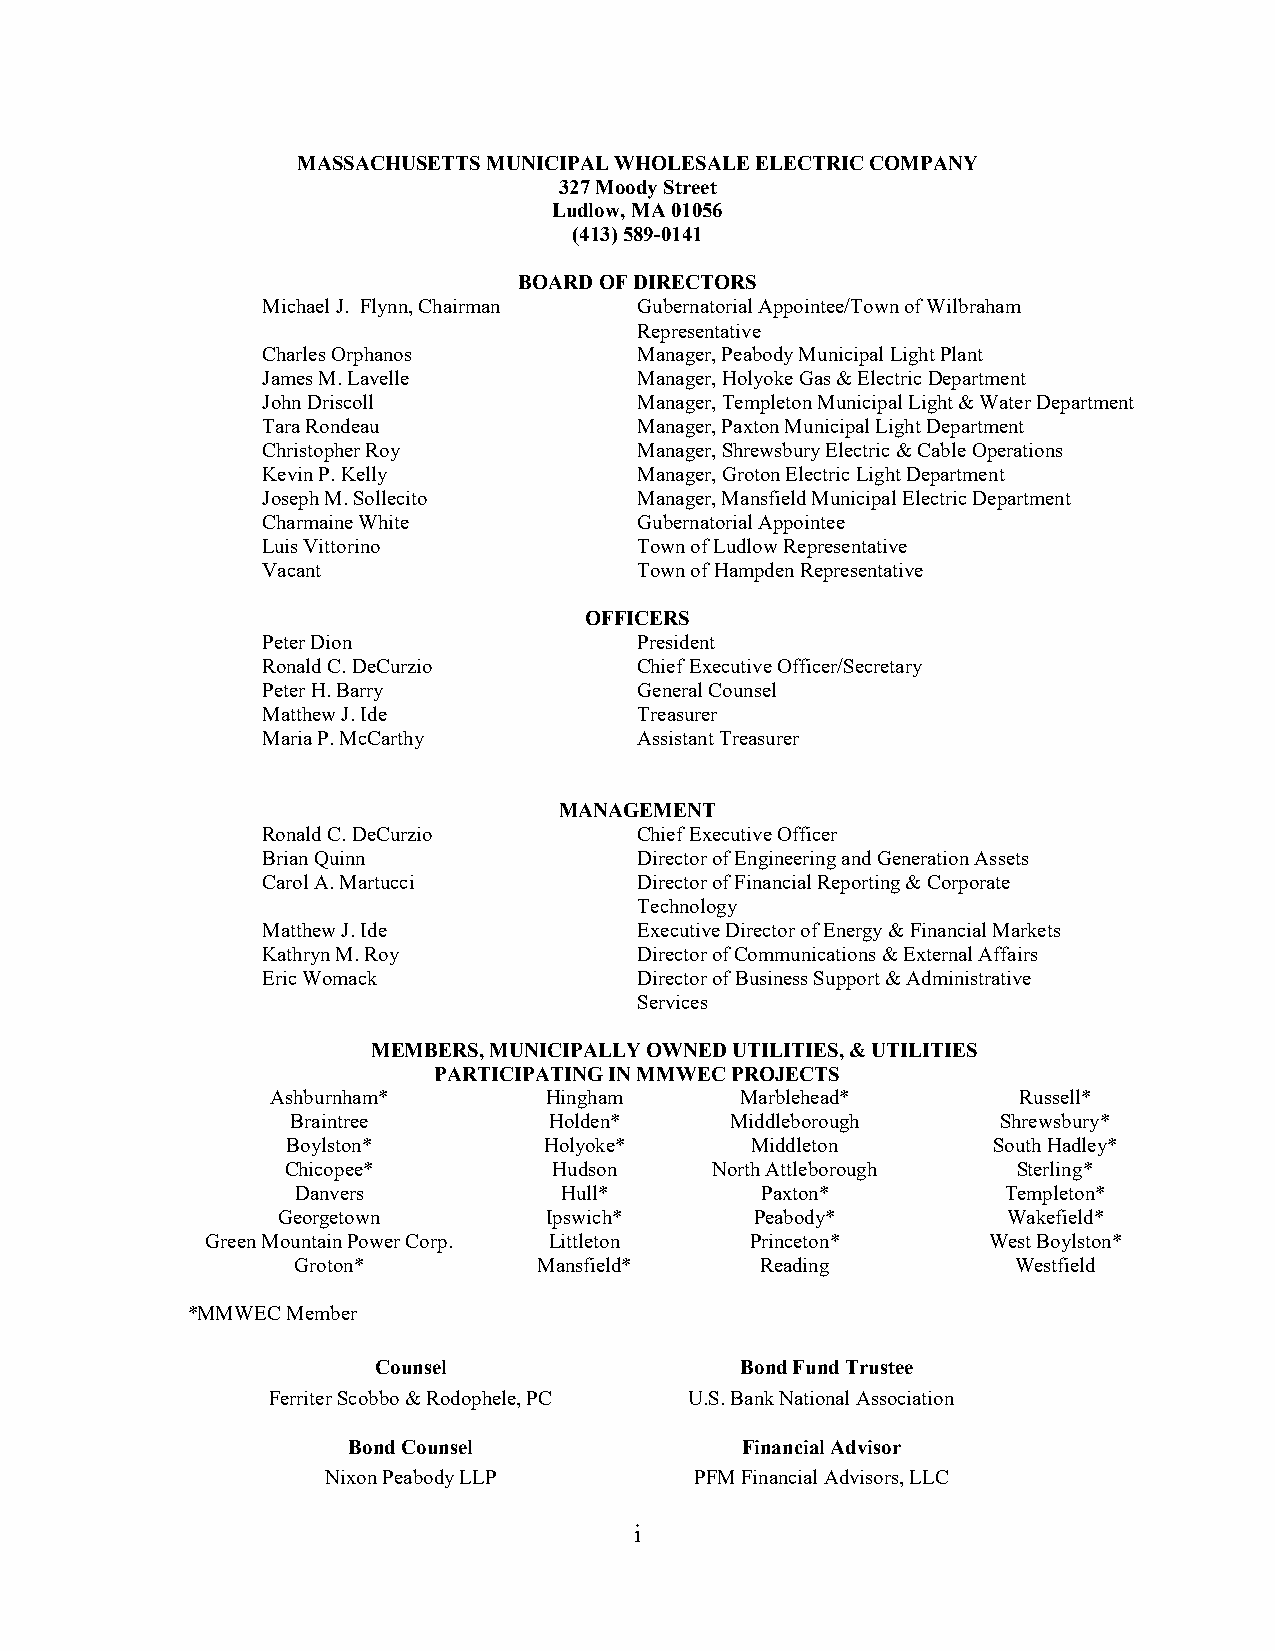
MASSACHUSETTS MUNICIPAL WHOLESALE ELECTRIC COMPANY
 327 Moody Street
 Ludlow, MA 01056
 (413) 589-0141
 BOARD OF DIRECTORS
 Michael J. Flynn, Chairman Gubernatorial Appointee/Town of Wilbraham
 Representative
 Charles Orphanos         Manager, Peabody Municipal Light Plant
 James M. Lavelle         Manager, Holyoke Gas & Electric Department
 John Driscoll            Manager, Templeton Municipal Light & Water Department
 Tara Rondeau             Manager, Paxton Municipal Light Department
 Christopher Roy          Manager, Shrewsbury Electric & Cable Operations
 Kevin P. Kelly           Manager, Groton Electric Light Department
 Joseph M. Sollecito      Manager, Mansfield Municipal Electric Department
 Charmaine White          Gubernatorial Appointee
 Luis Vittorino           Town of Ludlow Representative
 Vacant                   Town of Hampden Representative
 OFFICERS
 Peter Dion               President
 Ronald C. DeCurzio       Chief Executive Officer/Secretary
 Peter H. Barry           General Counsel
 Matthew J. Ide           Treasurer
 Maria P. McCarthy        Assistant Treasurer
 MANAGEMENT
 Ronald C. DeCurzio       Chief Executive Officer
 Brian Quinn              Director of Engineering and Generation Assets
 Carol A. Martucci        Director of Financial Reporting & Corporate
 Technology
 Matthew J. Ide           Executive Director of Energy & Financial Markets
 Kathryn M. Roy           Director of Communications & External Affairs
 Eric Womack              Director of Business Support & Administrative
 Services
 MEMBERS, MUNICIPALLY OWNED UTILITIES, & UTILITIES
 PARTICIPATING IN MMWEC PROJECTS
 Ashburnham*       Hingham      Marblehead*       Russell*
 Braintree        Holden*     Middleborough     Shrewsbury*
 Boylston*        Holyoke*      Middleton       South Hadley*
 Chicopee*         Hudson    North Attleborough  Sterling*
 Danvers           Hull*        Paxton*          Templeton*
 Georgetown        Ipswich*      Peabody*         Wakefield*
 Green Mountain Power Corp. Littleton Princeton*    West Boylston*
 Groton*          Mansfield*    Reading          Westfield
 *MMWEC Member
 Counsel                 Bond Fund Trustee
 Ferriter Scobbo & Rodophele, PC U.S. Bank National Association
 Bond Counsel              Financial Advisor
 Nixon Peabody LLP       PFM Financial Advisors, LLC
 i